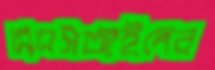
এএসআইদের